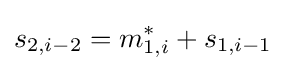
s_{2,i-2}=m_{1,i}^{*}+s_{1,i-1}